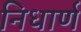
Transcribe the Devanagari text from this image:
निधार्ण